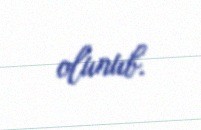
olunub.